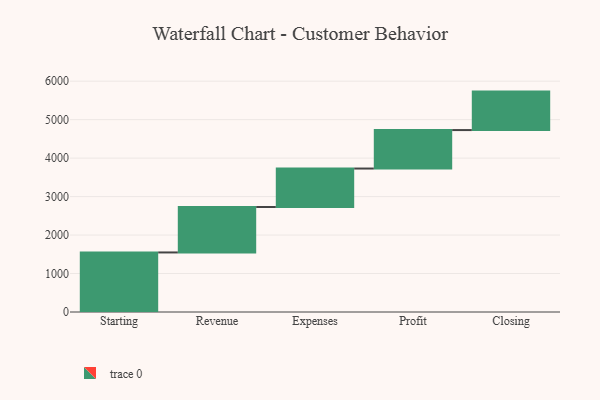
{"axis": {"x": "Step", "y": "Value"}, "legend": [""], "data": [{"x": "Starting", "y": 1548.0, "type": ""}, {"x": "Revenue", "y": 1181.0, "type": ""}, {"x": "Expenses", "y": 1000, "type": ""}, {"x": "Profit", "y": 1000, "type": ""}, {"x": "Closing", "y": 1000, "type": ""}]}